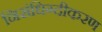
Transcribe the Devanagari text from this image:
निसंधिग्दीकरण